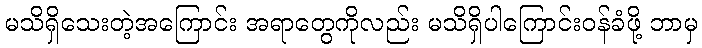
မသိရှိသေးတဲ့အကြောင်း အရာတွေကိုလည်း မသိရှိပါကြောင်းဝန်ခံဖို့ ဘာမှ